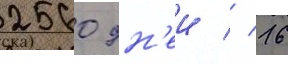
2560 дн'еи // 16